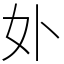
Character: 𭑧